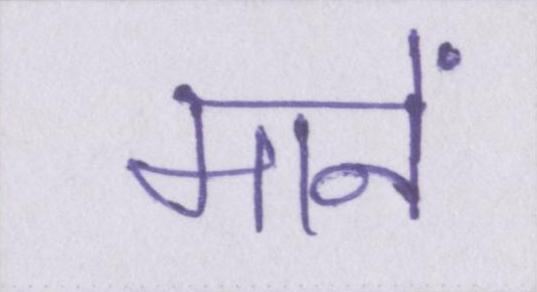
मानें